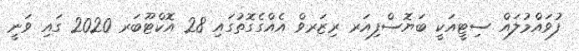
ފުވައްމުލައް ސިޓީއަކީ ބަޔޮސްފިއަރ ރިޒަރވް އެއްގެގޮތުގައި 28 އޮކްޓޫބަރ 2020 ގައި ވަނީ